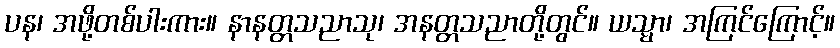
ပန၊ အဖို့တစ်ပါးကား။ နာနတ္တသညာသု၊ အနတ္တသညာတို့တွင်။ ယသ္မာ၊ အကြင်ကြောင့်။